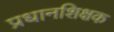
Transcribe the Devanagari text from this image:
प्रधानशिक्षक